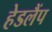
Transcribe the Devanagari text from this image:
हेडलैंप